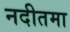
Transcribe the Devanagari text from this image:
नदीतमा